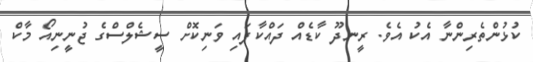
ކުޅުންތެރިންނާ އެކު އެވެ. ރީނދޫ ކާޑެއް ދައްކާފައި ވަނިކޮށް ސީޝެލްސްގެ ޖުނީނިއޯ މާކް